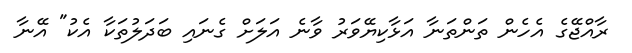
ރާއްޖޭގެ އެހެން ތަންތަނާ އަޅާކިޔޭވަރު ވާނެ އަލަށް ގެނައި ބަދަލުތަކާ އެކު" އޭނާ